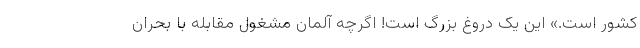
کشور است.» این یک دروغ بزرگ است! اگرچه آلمان مشغول مقابله با بحران